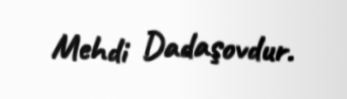
Mehdi Dadaşovdur.